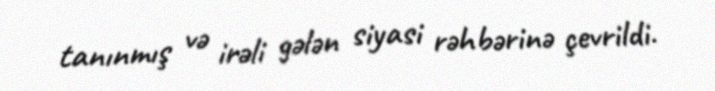
tanınmış və irəli gələn siyasi rəhbərinə çevrildi.